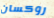
روكسان